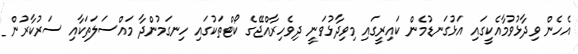
އެހެން ވިދާޅުވުމާއެކީގައި އަޅުގަނޑުމެން ކައިރީގައި މިވިދާޅުވަނީ ދިވެހިރާއްޖޭގެ ކޯޓްތަކުގައި ހިނގަމުންދާ މައްސަލަތަކާއި ސަރުކާރުން